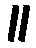
။